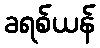
ခရစ်ယန်